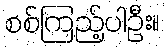
စစ်ကြည့်ပါဦး။